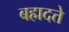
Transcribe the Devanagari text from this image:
बह्मदत्ते